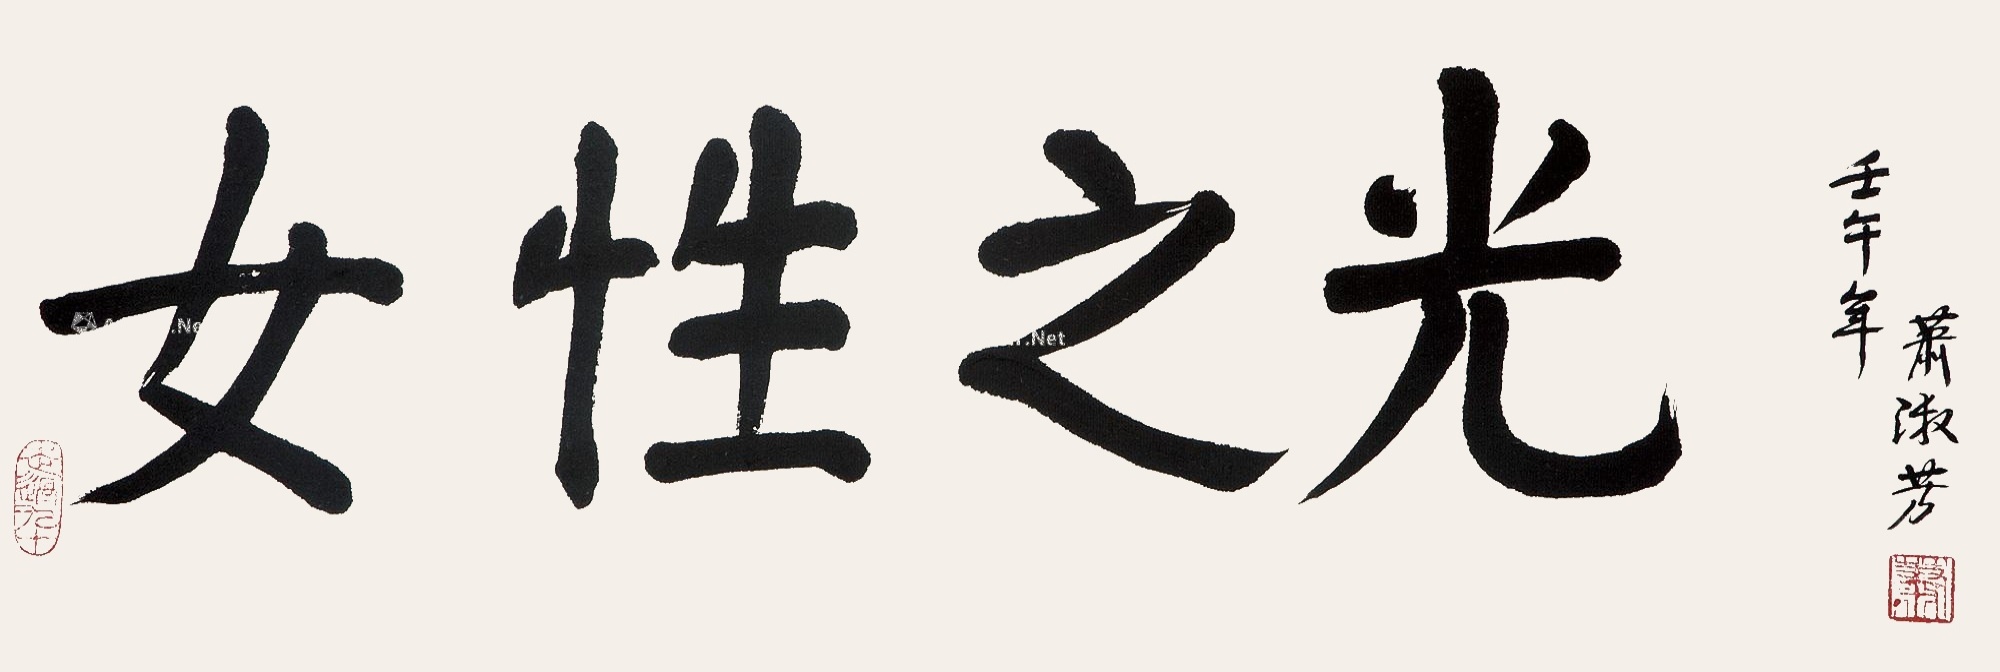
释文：女性之光。壬午（2002）年萧淑芳。